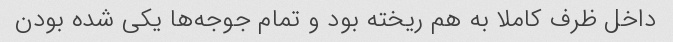
داخل ظرف کاملا به هم ریخته بود و تمام جوجه‌ها یکی شده بودن